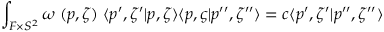
\int _ { { \cal F } \times S ^ { 2 } } \omega \ ( p , \zeta ) \; \langle p ^ { \prime } , \zeta ^ { \prime } | p , \zeta \rangle \langle p , \varsigma | p ^ { \prime \prime } , \zeta ^ { \prime \prime } \rangle = c \langle p ^ { \prime } , \zeta ^ { \prime } | p ^ { \prime \prime } , \zeta ^ { \prime \prime } \rangle